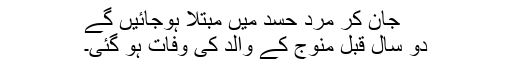
جان کر مَرد حسد میں مبتلا ہوجائیں گے
دو سال قبل منوج کے والد کی وفات ہو گئی۔